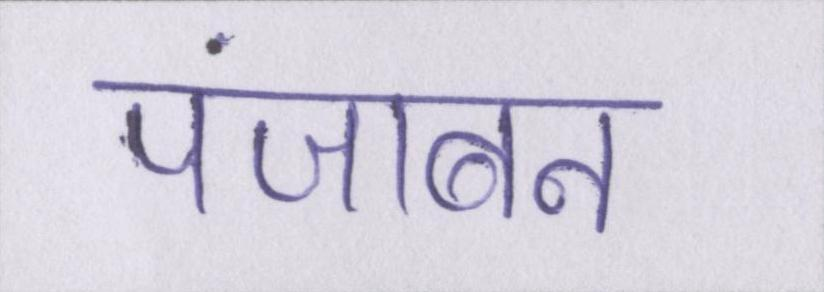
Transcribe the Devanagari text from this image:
पंजाबन